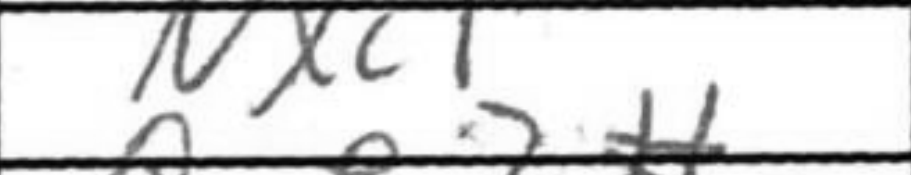
Transcription: Nxc1